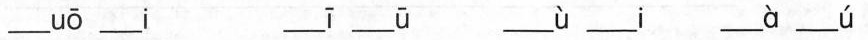
___ uō___ i ___ ī___ ū ___ù___ i ___à___ ú